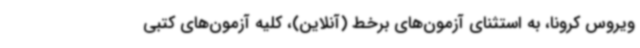
ویروس کرونا، به استثنای آزمون‌های برخط (آنلاین)، کلیه آزمون‌های کتبی